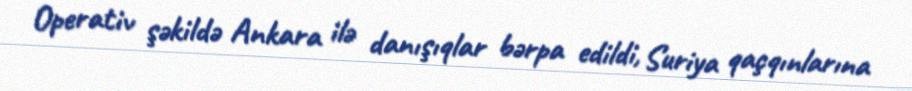
Operativ şəkildə Ankara ilə danışıqlar bərpa edildi, Suriya qaçqınlarına